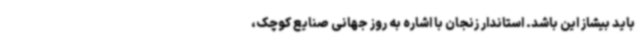
باید بیشاز این باشد. استاندار زنجان با اشاره به روز جهانی صنایع کوچک،